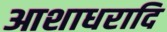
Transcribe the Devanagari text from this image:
आशाधरादि